Vaccination in Bombay 1874-1876 - 1874-1876
Year: 1874
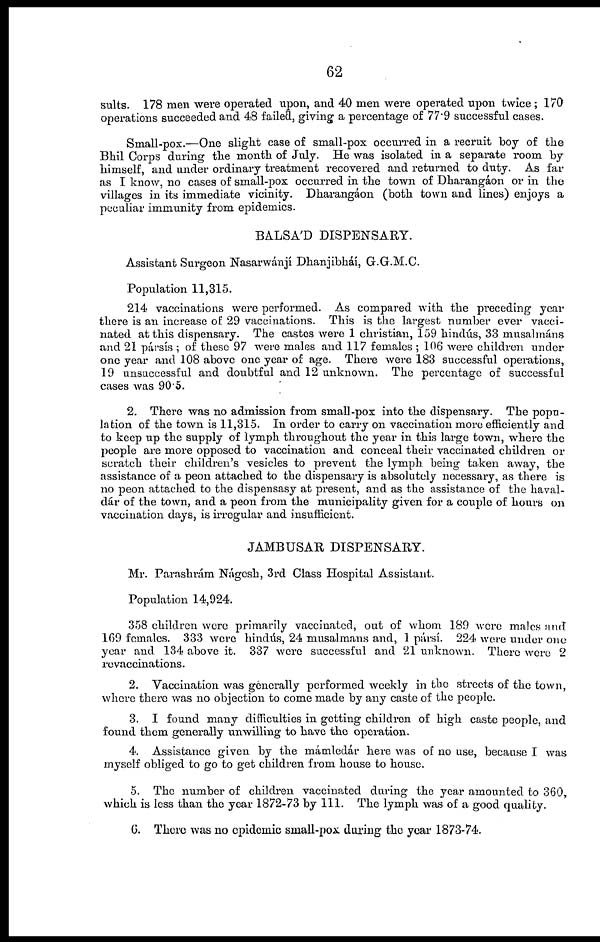
62
suits. 178 men were operated upon, and 40 men were operated upon twice ; 170
operations succeeded and 48 failed, giving a percentage of 77.9 successful cases.
Small-pox.—One slight case of small-pox occurred in a recruit boy of the
Bhil Corps during the month of July. He was isolated in a separate room by
himself, and under ordinary treatment recovered and returned to duty. As far
as I know, no cases of small-pox occurred in the town of Dharangáon or in the
villages in its immediate vicinity. Dharangáon (both town and lines) enjoys a
peculiar immunity from epidemics.
BALSA'D DISPENSARY.
Assistant Surgeon Nasarwánjí Dhanjibháí, G.G.M.C.
Population 11,315.
214 vaccinations were performed. As compared with the preceding year
there is an increase of 29 vaccinations. This is the largest number ever vacci-
nated at this dispensary. The castes were 1 christian, 159 hindús, 33 musalmáns
and 21 pársís ; of these 97 were males and 117 females ; 106 were children under
one year and 108 above one year of age. There were 183 successful operations,
19 unsuccessful and doubtful and 12 unknown. The percentage of successful
cases was 90.5.
2. There was no admission from small-pox into the dispensary. The popu-
lation of the town is 11,315. In order to carry on vaccination more efficiently and
to keep up the supply of lymph throughout the year in this large town, where the
people are more opposed to vaccination and conceal their vaccinated children or
scratch their children's vesicles to prevent the lymph being taken away, the
assistance of a peon attached to the dispensary is absolutely necessary, as there is
no peon attached to the dispensasy at present, and as the assistance of the haval-
dár of the town, and a peon from the municipality given for a couple of hours on
vaccination days, is irregular and insufficient.
JAMBUSAR DISPENSARY.
Mr. Parashram Nágesh, 3rd Class Hospital Assistant.
Population 14,924.
358 children were primarily vaccinated, out of whom 189 were males and
169 females. 333 were hindus, 24 musalmans and, 1 pársí. 224 were under one
year and 134 above it. 337 were successful and 21 unknown. There were 2
revaccinations.
2. Vaccination was generally performed weekly in the streets of the town,
where there was no objection to come made by any caste of the people.
3. I found many difficulties in getting children of high caste people, and
found them generally unwilling to have the operation.
4. Assistance given by the mámledár here was of no use, because I was
myself obliged to go to get children from house to house.
5. The number of children vaccinated during the year amounted to 360,
which is less than the year 1872-73 by 111. The lymph was of a good quality.
6. There was no epidemic small-pox during the year 1873-74.